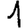
Digit: 1